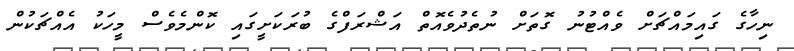
ނިހާގެ ގައިމައްޗަށް ވެއްޓުނު ގޮތަށް ނުތެދުވެއޮތް އަޝްރަފްގެ ބުރަކަށީގައި ކޮންމެވެސް މީހަކު އެއްޗަކުން